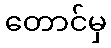
တောင်မှ